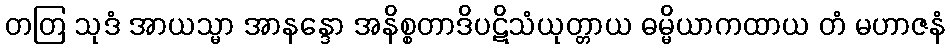
တတြ သုဒံ အာယသ္မာ အာနန္ဒော အနိစ္စတာဒိပဋိသံယုတ္တာယ ဓမ္မိယာကထာယ တံ မဟာဇနံ